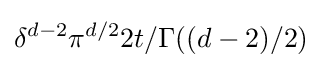
\delta ^{d-2}\pi ^{d/2}2t/\Gamma ((d-2)/2)